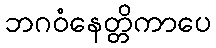
ဘဂဝံနေတ္တိကာပေ